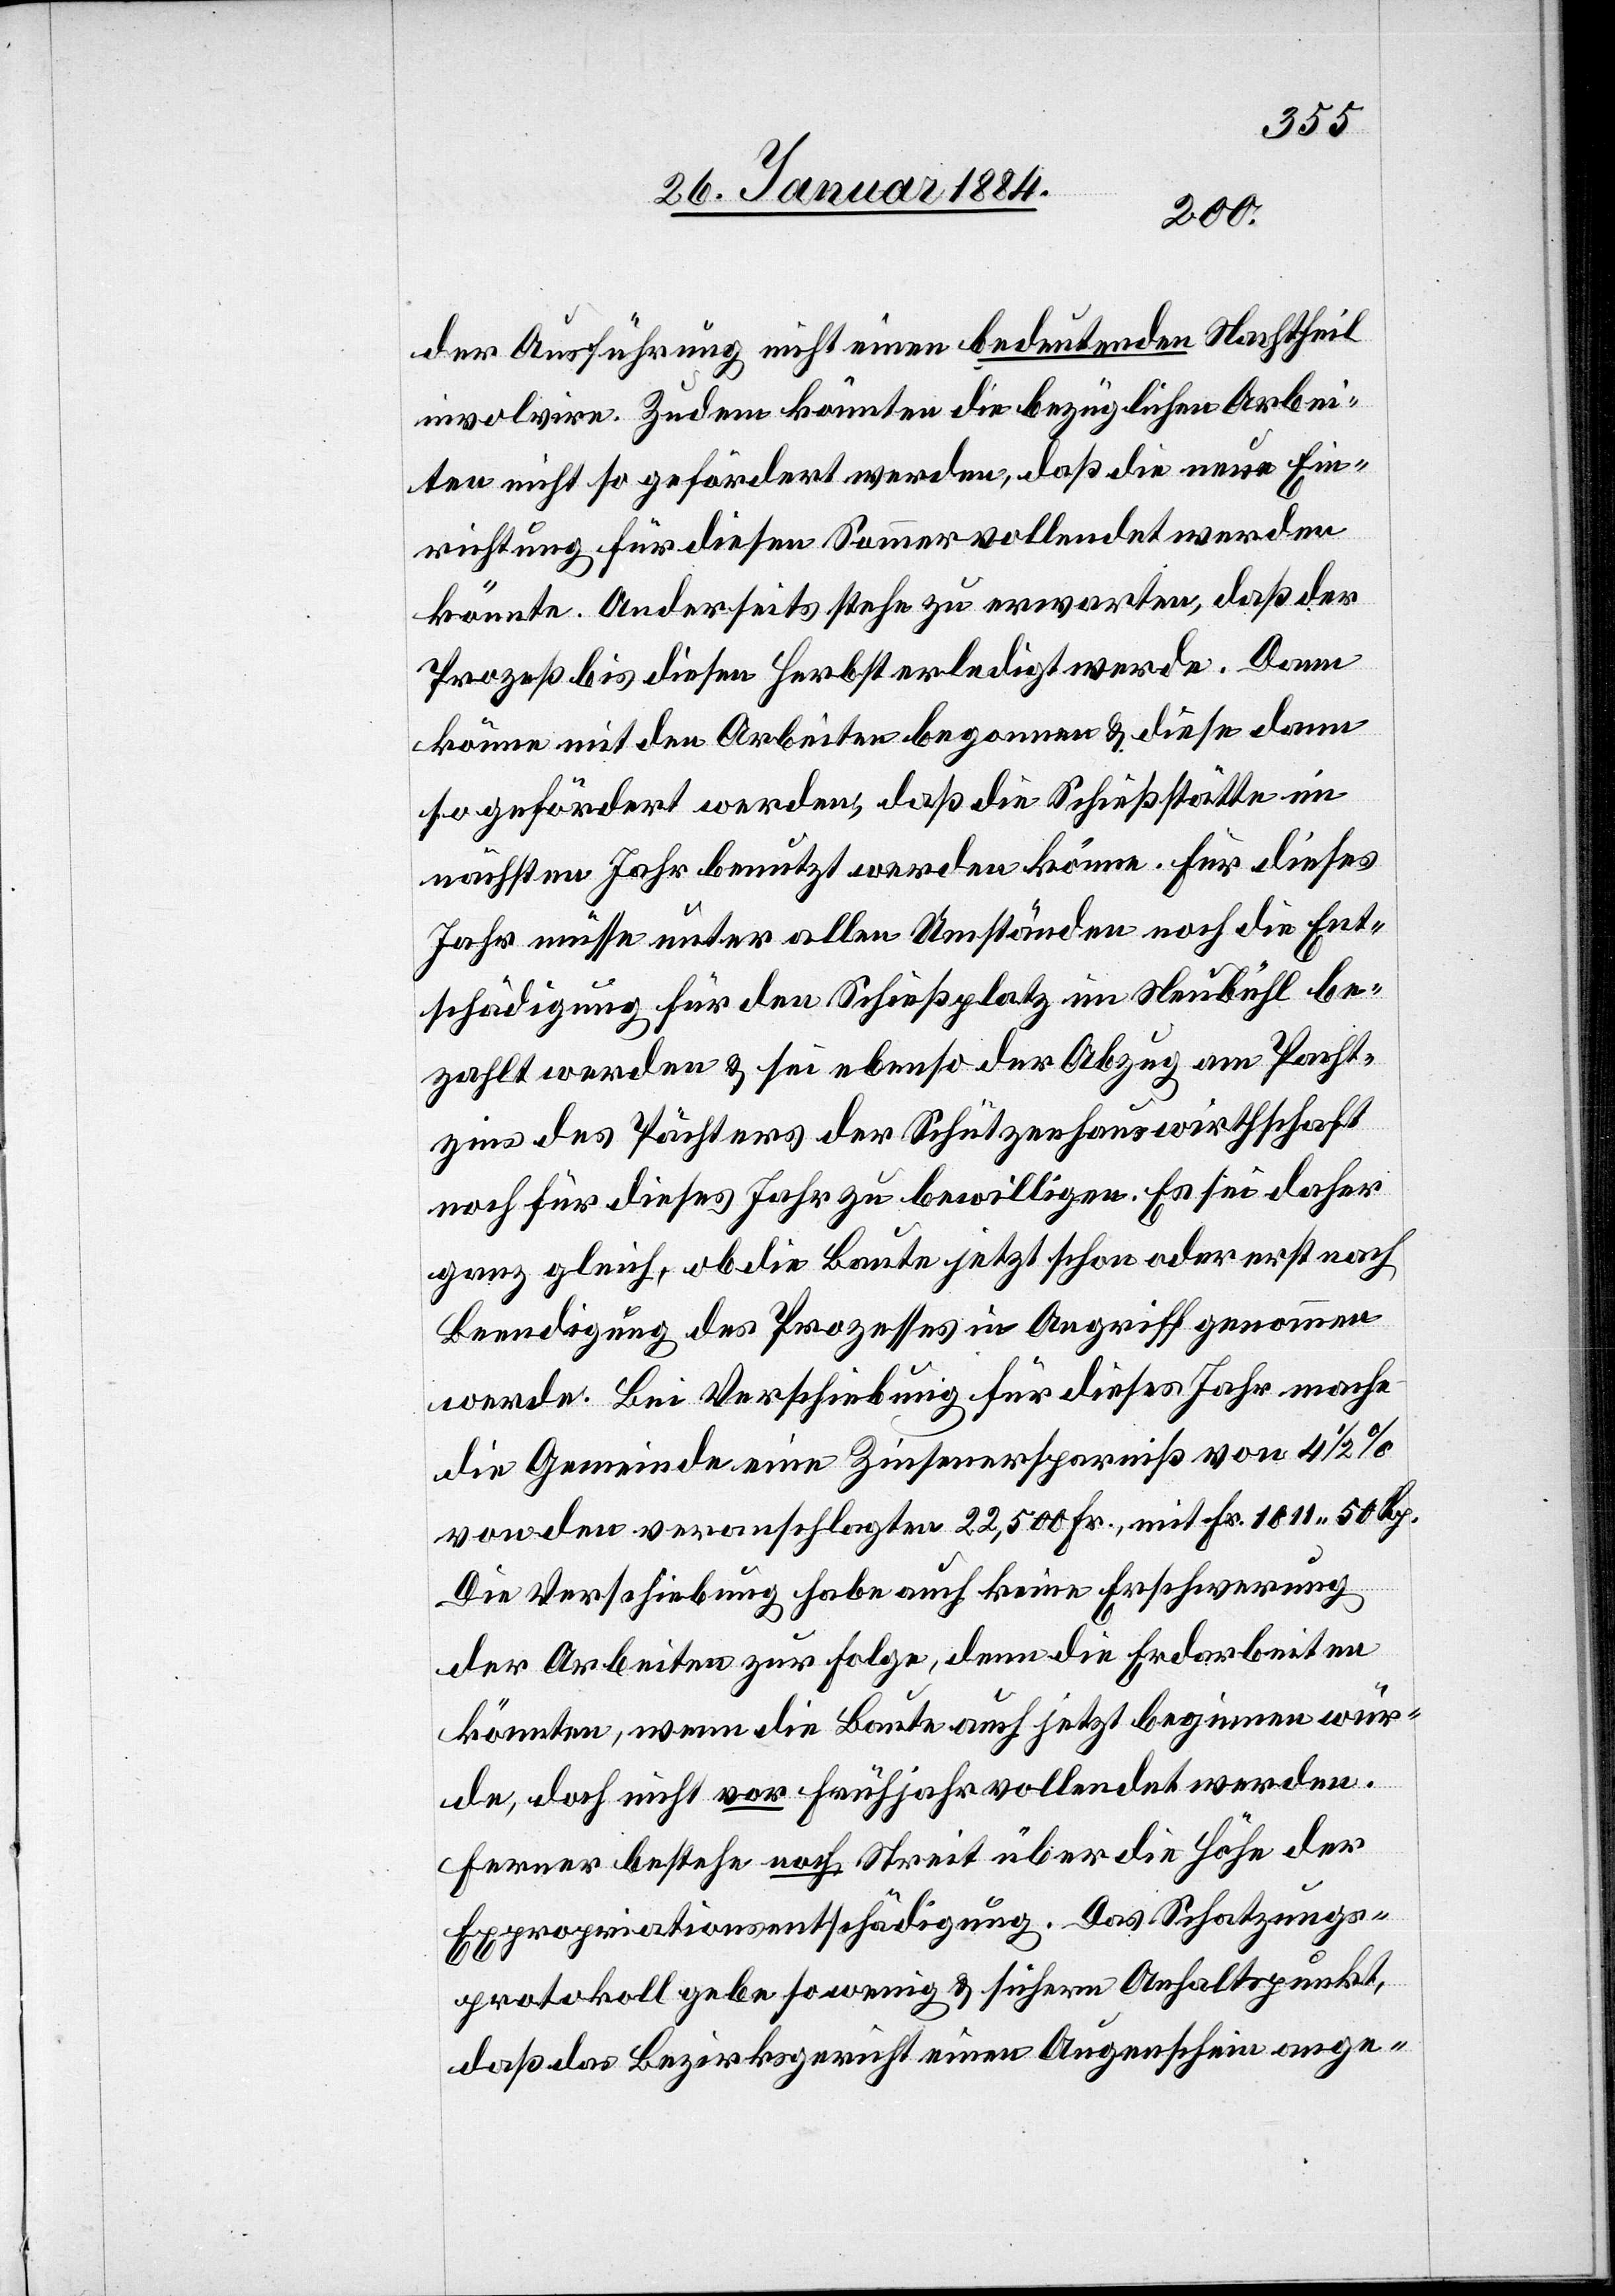
der Ausführung nicht einen bedeutenden Nachtheil
involvire. Zudem könnten die bezüglichen Arbei¬
ten nicht so gefördert werden, daß die neue Ein¬
richtung für diesen Sommer vollendet werden
könnte. Anderseits stehe zu erwarten, daß der
Prozeß bis diesen Herbst erledigt werde. Dann
könne mit den Arbeiten begonnen & diese dann
so gefördert werden, daß die Schießstätte im
nächsten Jahr benutzt werden könne. Für dieses
Jahr müsse unter allen Umständen noch die Ent¬
schädigung für den Schießplatz im Neubühl be¬
zahlt werden & sei ebenso der Abzug am Pacht¬
zins des Pächters der Schützenhauswirthschaft
noch für dieses Jahr zu bewilligen. Es sei daher
ganz gleich, ob die Baute jetzt schon oder erst nach
Beendigung des Prozesses in Angriff genommen
werde. Bei Verschiebung für dieses Jahr mache
die Gemeinde eine Zinsersparniß von 4 1/2%
von den veranschlagten 22,500 Fr., mit Fr. 1011 50 Rp.
Die Verschiebung habe auch keine Erschwerung
der Arbeiten zur Folge, denn die Erdarbeiten
könnten, wenn die Baute auch jetzt beginnen wür¬
de, doch nicht vor Frühjahr vollendet werden.
Ferner bestehe noch Streit über die Höhe der
Expropriationsentschädigung. Das Schatzungs¬
protokoll gebe so wenig & sichern Anhaltspunkt,
daß das Bezirksgericht einen Augenschein ange-